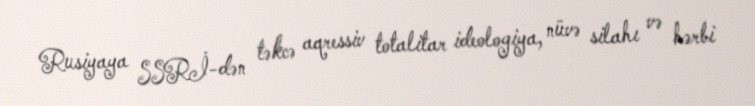
Rusiyaya SSRİ-dən təkcə aqressiv totalitar ideologiya, nüvə silahı və hərbi